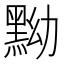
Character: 黝